Lunatic asylums Bombay report 1878-1890 - 1878-1890
Year: 1878
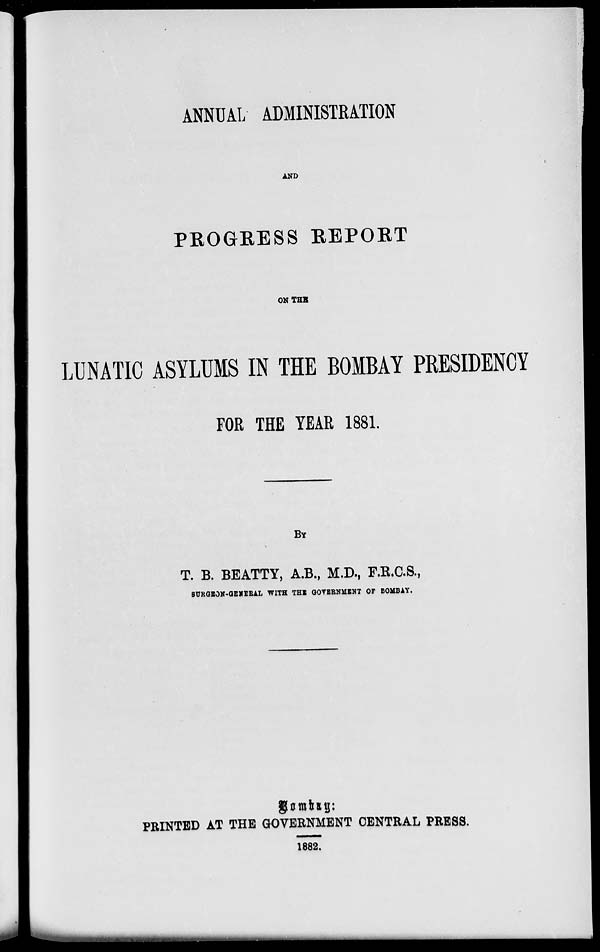
ANNUAL ADMINISTRATION
AND
PROGRESS REPORT
ON THE
LUNATIC ASYLUMS IN THE BOMBAY PRESIDENCY
FOR THE YEAR 1881.
BY
T. B. BEATTY, A.B., M.D., F.R.C.S.,
SURGEON-GENERAL WITH THE GOVERNMENT OF BOMBAY.
Bombay:
PRINTED AT THE GOVERNMENT CENTRAL PRESS.
1882.